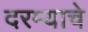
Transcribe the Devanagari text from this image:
दरम्याचे